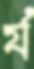
র‍্য